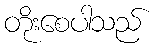
တိုးစေပါသည်